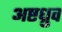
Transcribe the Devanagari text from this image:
अष्टध्रुव